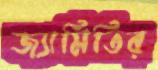
জ্যামিতির